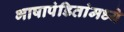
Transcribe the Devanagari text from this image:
भाषापंडितांमध्ये